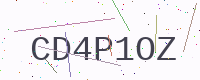
Text: CD4P1OZ